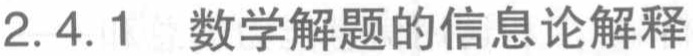
2.4.1 数学解题的信息论解释